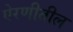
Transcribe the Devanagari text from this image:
ऐरणीतील